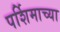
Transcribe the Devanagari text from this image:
पर्शिमाच्या